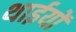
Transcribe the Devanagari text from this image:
थाईयों